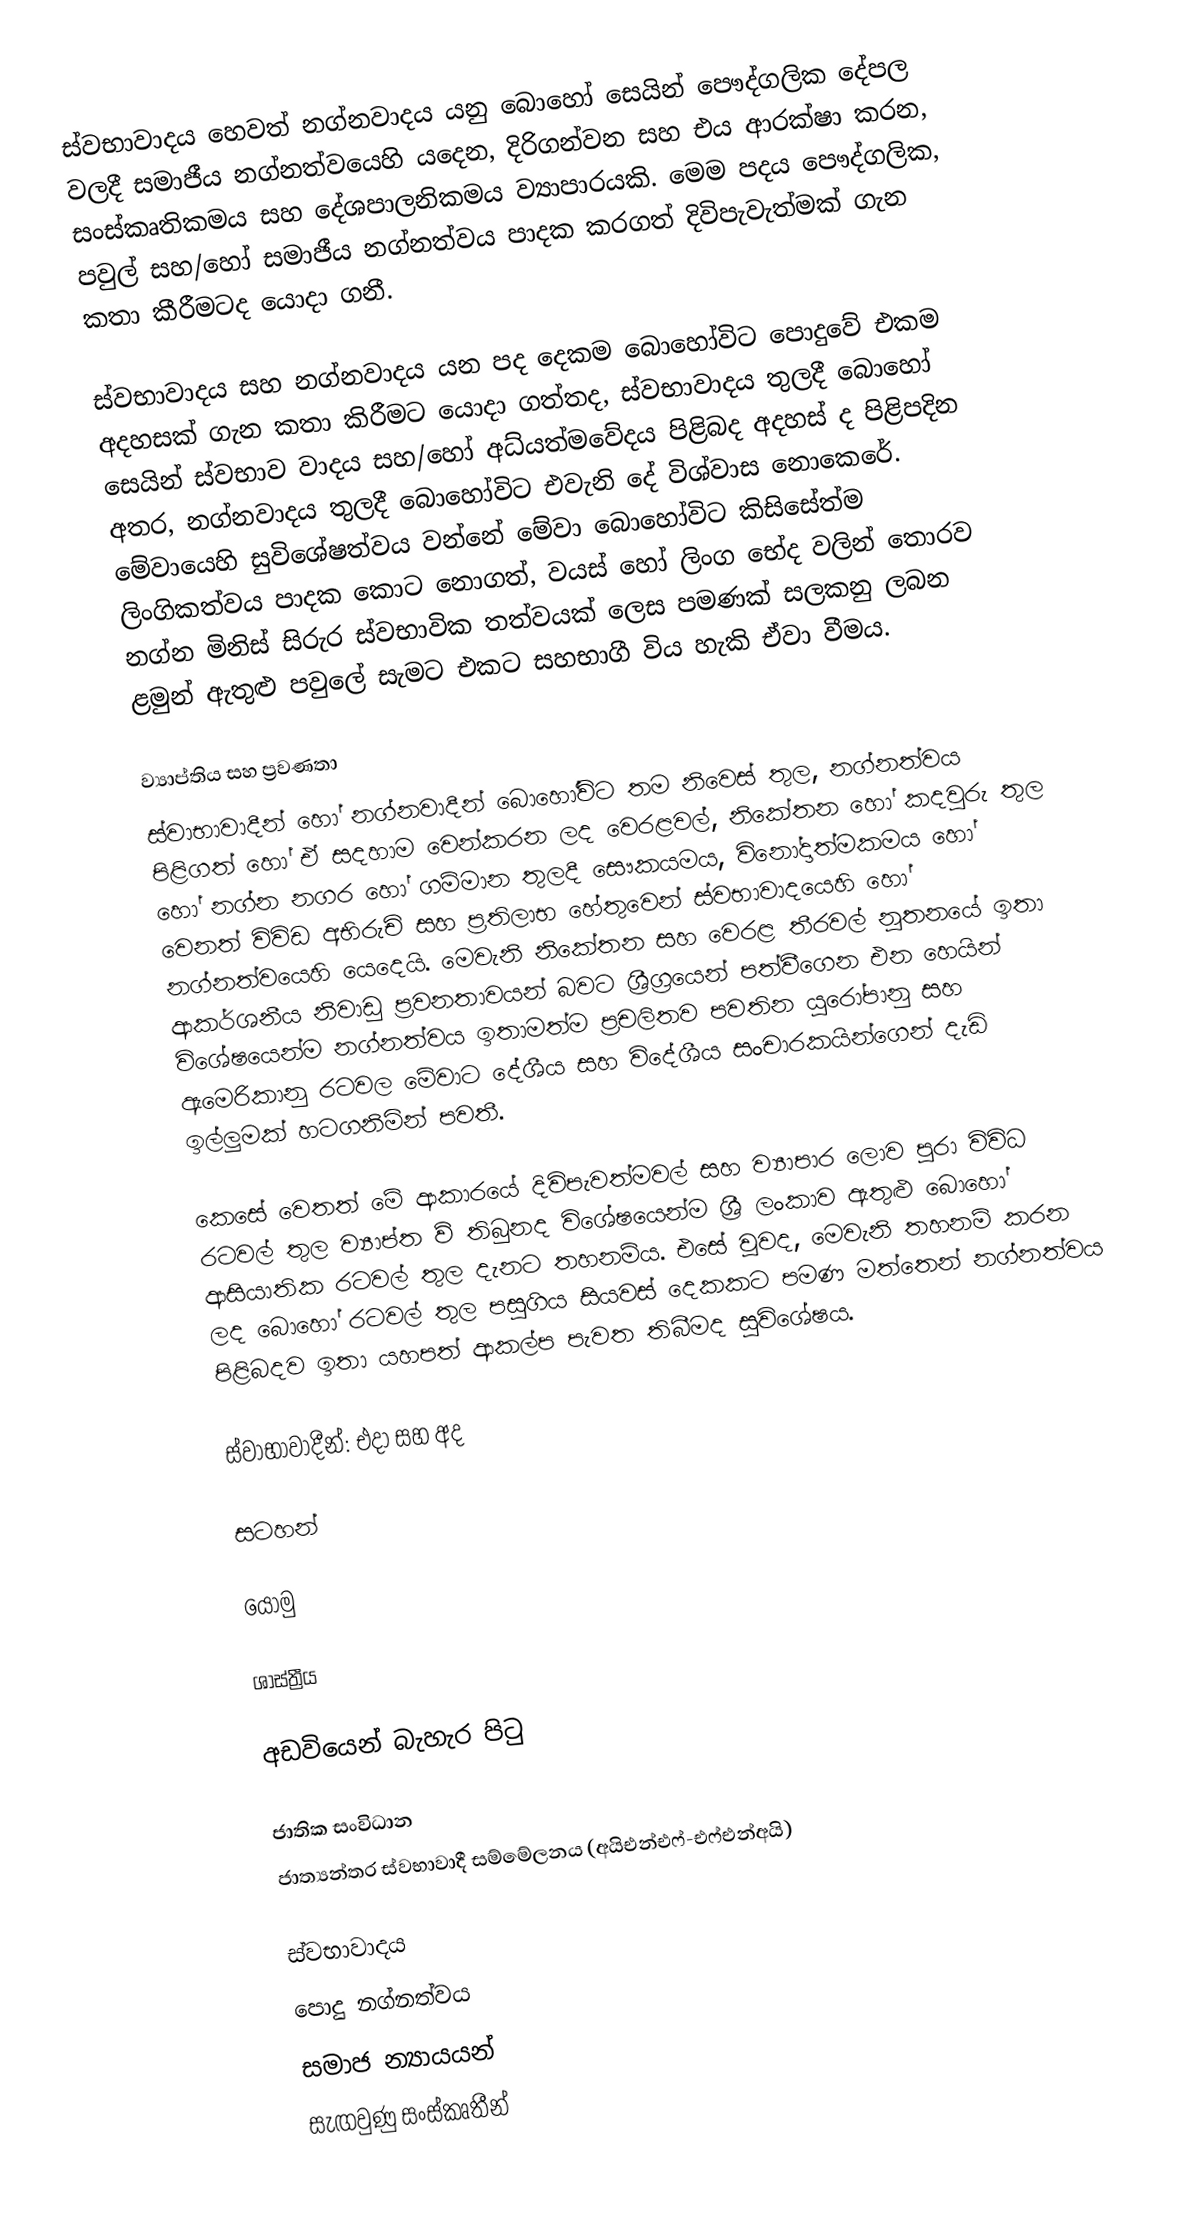
ස්වභාවාදය හෙවත් නග්නවාදය යනු බොහෝ සෙයින් පෞද්ගලික දේපල වලදී සමාජීය නග්නත්වයෙහි යදෙන, දිරිගන්වන සහ එය ආරක්ෂා කරන, සංස්කෘතිකමය සහ දේශපාලනිකමය ව්‍යාපාරයකි. මෙම පදය පෞද්ගලික, පවුල් සහ/හෝ සමාජීය නග්නත්වය පාදක කරගත් දිවිපැවැත්මක් ගැන කතා කීරීමටද යොදා ගනී.

ස්වභාවාදය සහ නග්නවාදය යන පද දෙකම බොහෝවිට පොදුවේ එකම අදහසක් ගැන කතා කිරීමට යොදා ගත්තද, ස්වභාවාදය තුලදී බොහෝ සෙයින් ස්වභාව වාදය සහ/හෝ අධ්යත්මවේදය පිළිබද අදහස් ද පිළිපදින අතර, නග්නවාදය තුලදී බොහෝවිට එවැනි දේ විශ්වාස නොකෙරේ. මේවායෙහි සුවිශේෂත්වය වන්නේ මේවා බොහෝවිට කිසිසේත්ම ලිංගිකත්වය පාදක කොට නොගත්, වයස් හෝ ලිංග භේද වලින් තොරව නග්න මිනිස් සිරුර ස්වභාවික තත්වයක් ලෙස පමණක් සලකනු ලබන ළමුන් ඇතුළු පවුලේ සැමට එකට සහභාගී විය හැකි ඒවා වීමය.

ව්‍යාප්තිය සහ ප්‍රවණතා
ස්වාභාවාදීන් හෝ නග්නවාදීන් බොහෝවිට තම නිවෙස් තුල, නග්නත්වය පිළිගත් හෝ ඒ සදහාම වෙන්කරන ලද වෙරළවල්, නිකේතන හෝ කදවුරු තුල හෝ නග්න නගර හෝ ගම්මාන තුලදී සෞකයමය, විනෝදාත්මකමය හෝ වෙනත් විවිඩ අභිරුචි සහ ප්‍රතිලාභ හේතුවෙන් ස්වභාවාදයෙහි හෝ නග්නත්වයෙහි යෙදෙයි. මෙවැනි නිකේතන සහ වෙරළ තීරවල් නූතනයේ ඉතා ආකර්ශනීය නිවාඩු ප්‍රවනතාවයන් බවට ශ්‍රීග්‍රයෙන් පත්වීගෙන එන හෙයින් විශේෂයෙන්ම නග්නත්වය ඉතාමත්ම ප්‍රචලිතව පවතින යුරෝපානු සහ ඇමෙරිකානු රටවල මේවාට දේශීය සහ විදේශීය සංචාරකයින්ගෙන් දැඩි ඉල්ලුමක් හටගනිමින් පවතී.

කෙසේ වෙතත් මේ ආකාරයේ දිවිපැවත්මවල් සහ ව්‍යාපාර ලොව පුරා විවිධ රටවල් තුල ව්‍යාප්ත ව්‍ තිබුනද විශේෂයෙන්ම ශ්‍රී ලංකාව ඇතුළු බොහෝ ආසියාතික රටවල් තුල දැනට තහනම්ය. එසේ වූවද, මෙවැනි තහනම් කරන ලද බොහෝ රටවල් තුල පසුගිය සියවස් දෙකකට පමණ මත්තෙන් නග්නත්වය පිළිබදව ඉතා යහපත් ආකල්ප පැවත තිබීමද සුවිශේෂය.

ස්වාභාවාදීන්: එදා සහ අද

සටහන්

යොමු

ශාස්ත්‍රීය

අඩවියෙන් බැහැර පිටු

ජාතික සංවිධාන
 ජාත්‍යන්තර ස්වභාවාදී සම්මේලනය (අයිඑන්එෆ්-එෆ්එන්අයි)

ස්වභාවාදය
පොදු නග්නත්වය
සමාජ න්‍යායයන්
සැඟවුණු සංස්කෘතීන්